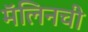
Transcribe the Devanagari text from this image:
मॅलिनची